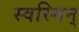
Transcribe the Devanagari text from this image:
स्वस्मिन्